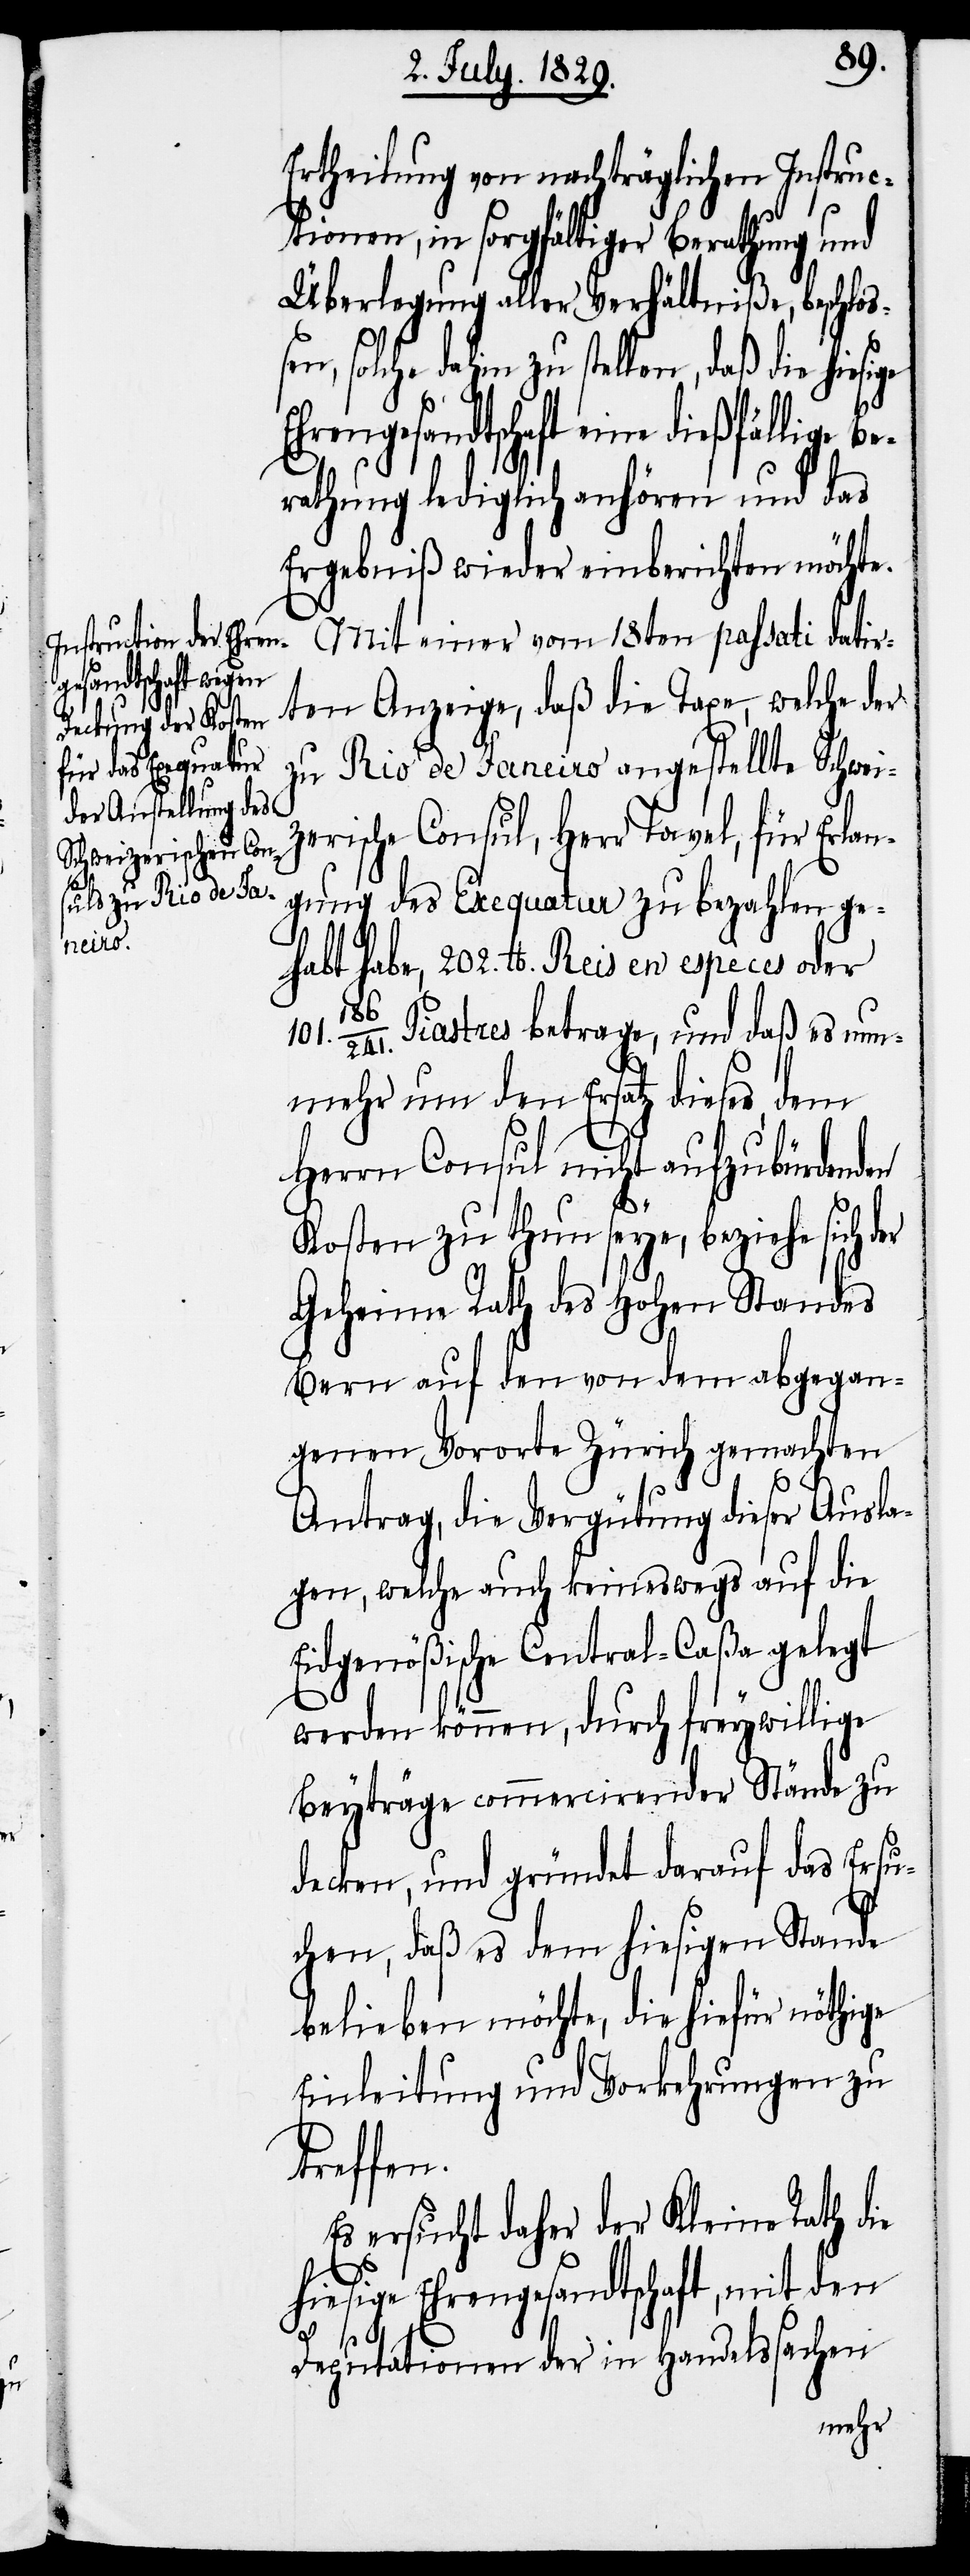
Ertheilung von nachträglichen Instruc¬
tionen, in sorgfältiger Berathung und
Überlegung aller Verhältniße, beschloß¬
e dahin zu stellen, daß die
rathung lediglich anhören und das
Ergebniß wieder einberichten möchte.
Mit einer vom 18ten passati datir¬
ten Anzeige, daß die Taxe, welche der
zu Rio de Janeiro angestellte Schwei¬
zerische Consul, Herr Tavel, für Erlan¬
gung des Exequatur zu bezahlen ge¬
fälli¬
habt habe, 202. Pfd. Reis en espèces oder
ge Be¬
Piastres betrage, und daß es nun¬
mehr um den Ersatz dieser, dem
Herrn Consul nicht aufzubürdenden
Kosten zu thun seye, beziehe sich
Geheime Rath des Hohen Standes
Bern auf den von dem abgegan¬
genen Vororte Zürich gemachten
Antrag, die Vergütung dieser Ausla¬
gen, welche auch keineswegs auf die
Eidgenößische Central-Caßa gelegt
werden können, durch freywillige
Beyträge commercirender Stände zu
decken, und gründet darauf das Ersu¬
chen, daß es dem hiesigen Stande
belieben möchte, die hiefür nöthige
Einleitung und Vorkehrungen zu
treffen.
Es ersucht daher der Kleine Rath die
hiesige Ehrengesandtschaft, mit den
Deputationen der in Handelssachen